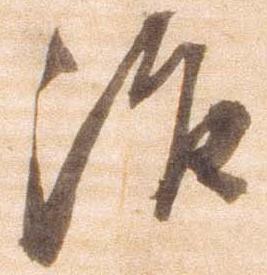
治